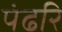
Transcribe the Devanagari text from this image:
पंढरि